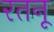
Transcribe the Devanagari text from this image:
रतनू